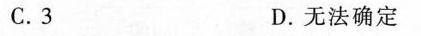
C.3 D.无法确定